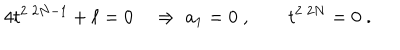
LaTeX: 4 t ^ { 2 \; 2 N - 1 } + \ell = 0 \quad \Rightarrow \ a _ { 1 } = 0 \; , \qquad t ^ { 2 \; 2 N } = 0 \; .